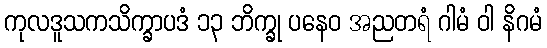
ကုလဒူသကသိက္ခာပဒံ ၁၃ ဘိက္ခု ပနေဝ အညတရံ ဂါမံ ဝါ နိဂမံ